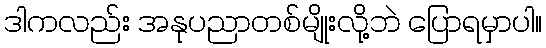
ဒါကလည်း အနုပညာတစ်မျိုးလို့ဘဲ ပြောရမှာပါ။